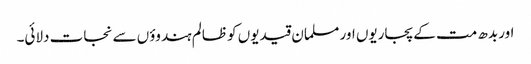
اور بدھ مت کے پجاریوں اور مسلمان قیدیوں کو ظالم ہندوؤں سے نجات دلائی۔